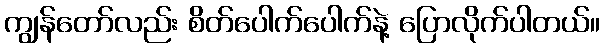
ကျွန်တော်လည်း စိတ်ပေါက်ပေါက်နဲ့ ပြောလိုက်ပါတယ်။